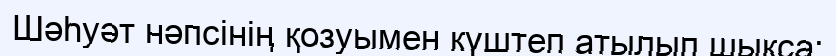
Шәһуәт нәпсінің қозуымен күштеп атылып шықса;